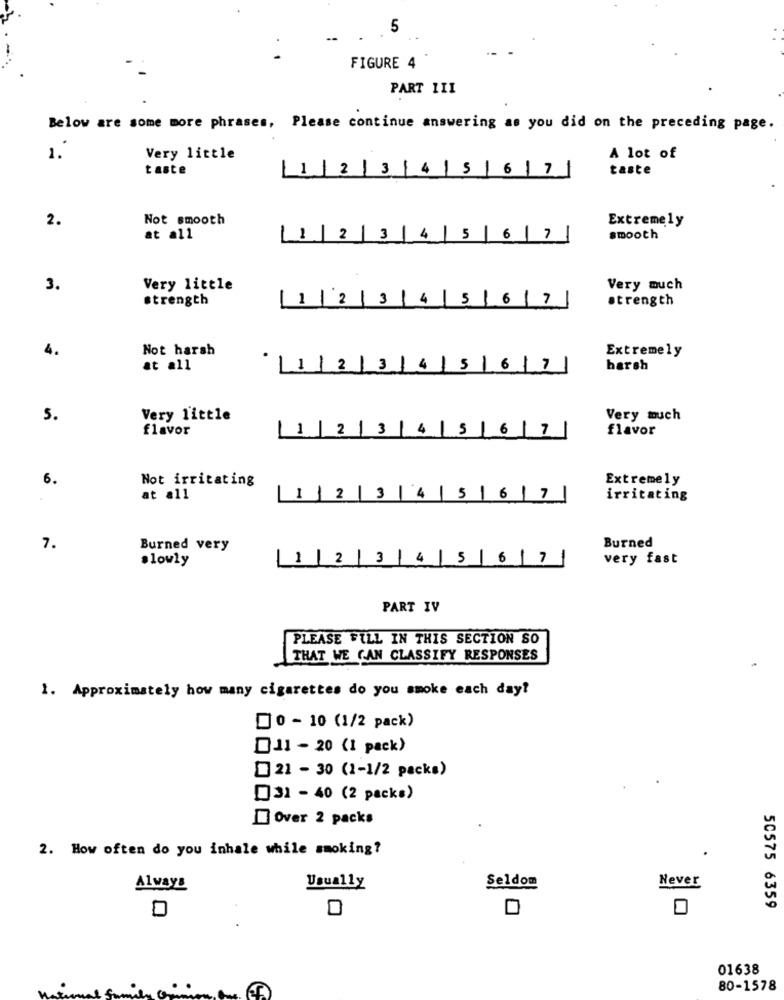
5
FIGURE 4
PART III
Below are some more phrases, Please continue answering as you did on the preceding page.
1.
Very little
A lot of
taste
2
3
4
5
6 1 71
taste
2.
Not smooth
Extremely
at all
11
2
3
4
567
smooth
3.
Very little
Very much
strength
1 1
3
5 6
17
strength
4.
Not harsh
Extremely
at all
2
3
5
6
7
harsh
5.
Very little
Very much
flavor
1
2
3
4
5
6 7
flavor
6.
Extremely
Not irritating
at all
1 2 |3
14
5/67
irritating
Burned
7.
Burned very
slowly
1 |2
3
4
5
61
7
very fast
PART IV
PLEASE FILL IN THIS SECTION SO
THAT WE CAN CLASSIFY RESPONSES
1. Approximately how many cigarettes do you smoke each day?
00 - 10 (1/2 pack)
11 - 20 (1 pack)
21 - 30 (1-1/2 packs)
31 - 40 (2 packs)
Over 2 packs
2. How often do you inhale while smoking?
Always
Usually
Seldom
Never
50575 6359
D
01638
80-1578